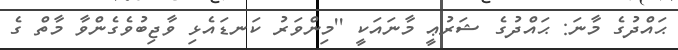
ޙައްދުގެ މާނަ: ޙައްދުގެ ޝަރުޢީ މާނައަކީ ''މިންވަރު ކަނޑައެޅި ވާޖިބުވެގެންވާ މާތް ގެ